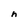
Character: n